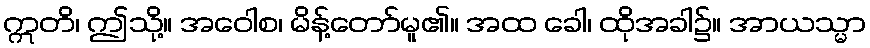
ဣတိ၊ ဤသို့။ အဝေါစ၊ မိန့်တော်မူ၏။ အထ ခေါ၊ ထိုအခါ၌။ အာယသ္မာ